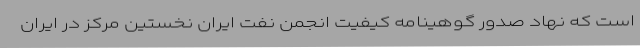
است که نهاد صدور گوهینامه کیفیت انجمن نفت ایران نخستین مرکز در ایران